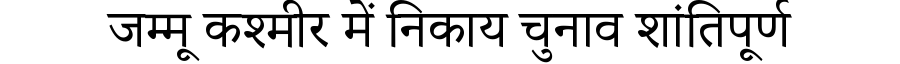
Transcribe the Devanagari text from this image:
जम्मू कश्मीर में निकाय चुनाव शांतिपूर्ण